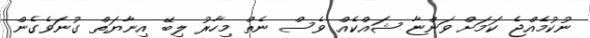
ނުކުމެއްޖެ ކަމަށް ވަންޏާ ޝައްކެއް ވެސް ނެތް މިހާރު ލިބޭ އިނާޔަތް ގުނަވެގެން